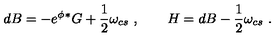
d B = - e ^ { \phi } { } { ^ * G } + \frac { 1 } { 2 } \omega _ { c s } \ , \qquad H = d B - \frac { 1 } { 2 } \omega _ { c s } \ .